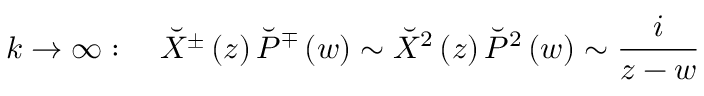
k \rightarrow \infty : \quad \breve { X } ^ { \pm } \left( z \right) \breve { P } ^ { \mp } \left( w \right) \sim \breve { X } ^ { 2 } \left( z \right) \breve { P } ^ { 2 } \left( w \right) \sim \frac i { z - w }